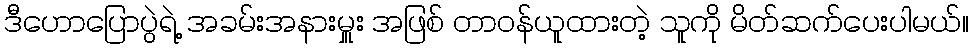
ဒီဟောပြောပွဲရဲ့ အခမ်းအနားမှူး အဖြစ် တာဝန်ယူထားတဲ့ သူကို မိတ်ဆက်ပေးပါမယ်။